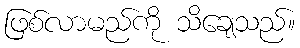
ဖြစ်လာမည်ကို သိချေသည်။